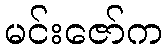
မင်းဇော်က